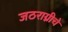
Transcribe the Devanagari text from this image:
जठराग्नीचे